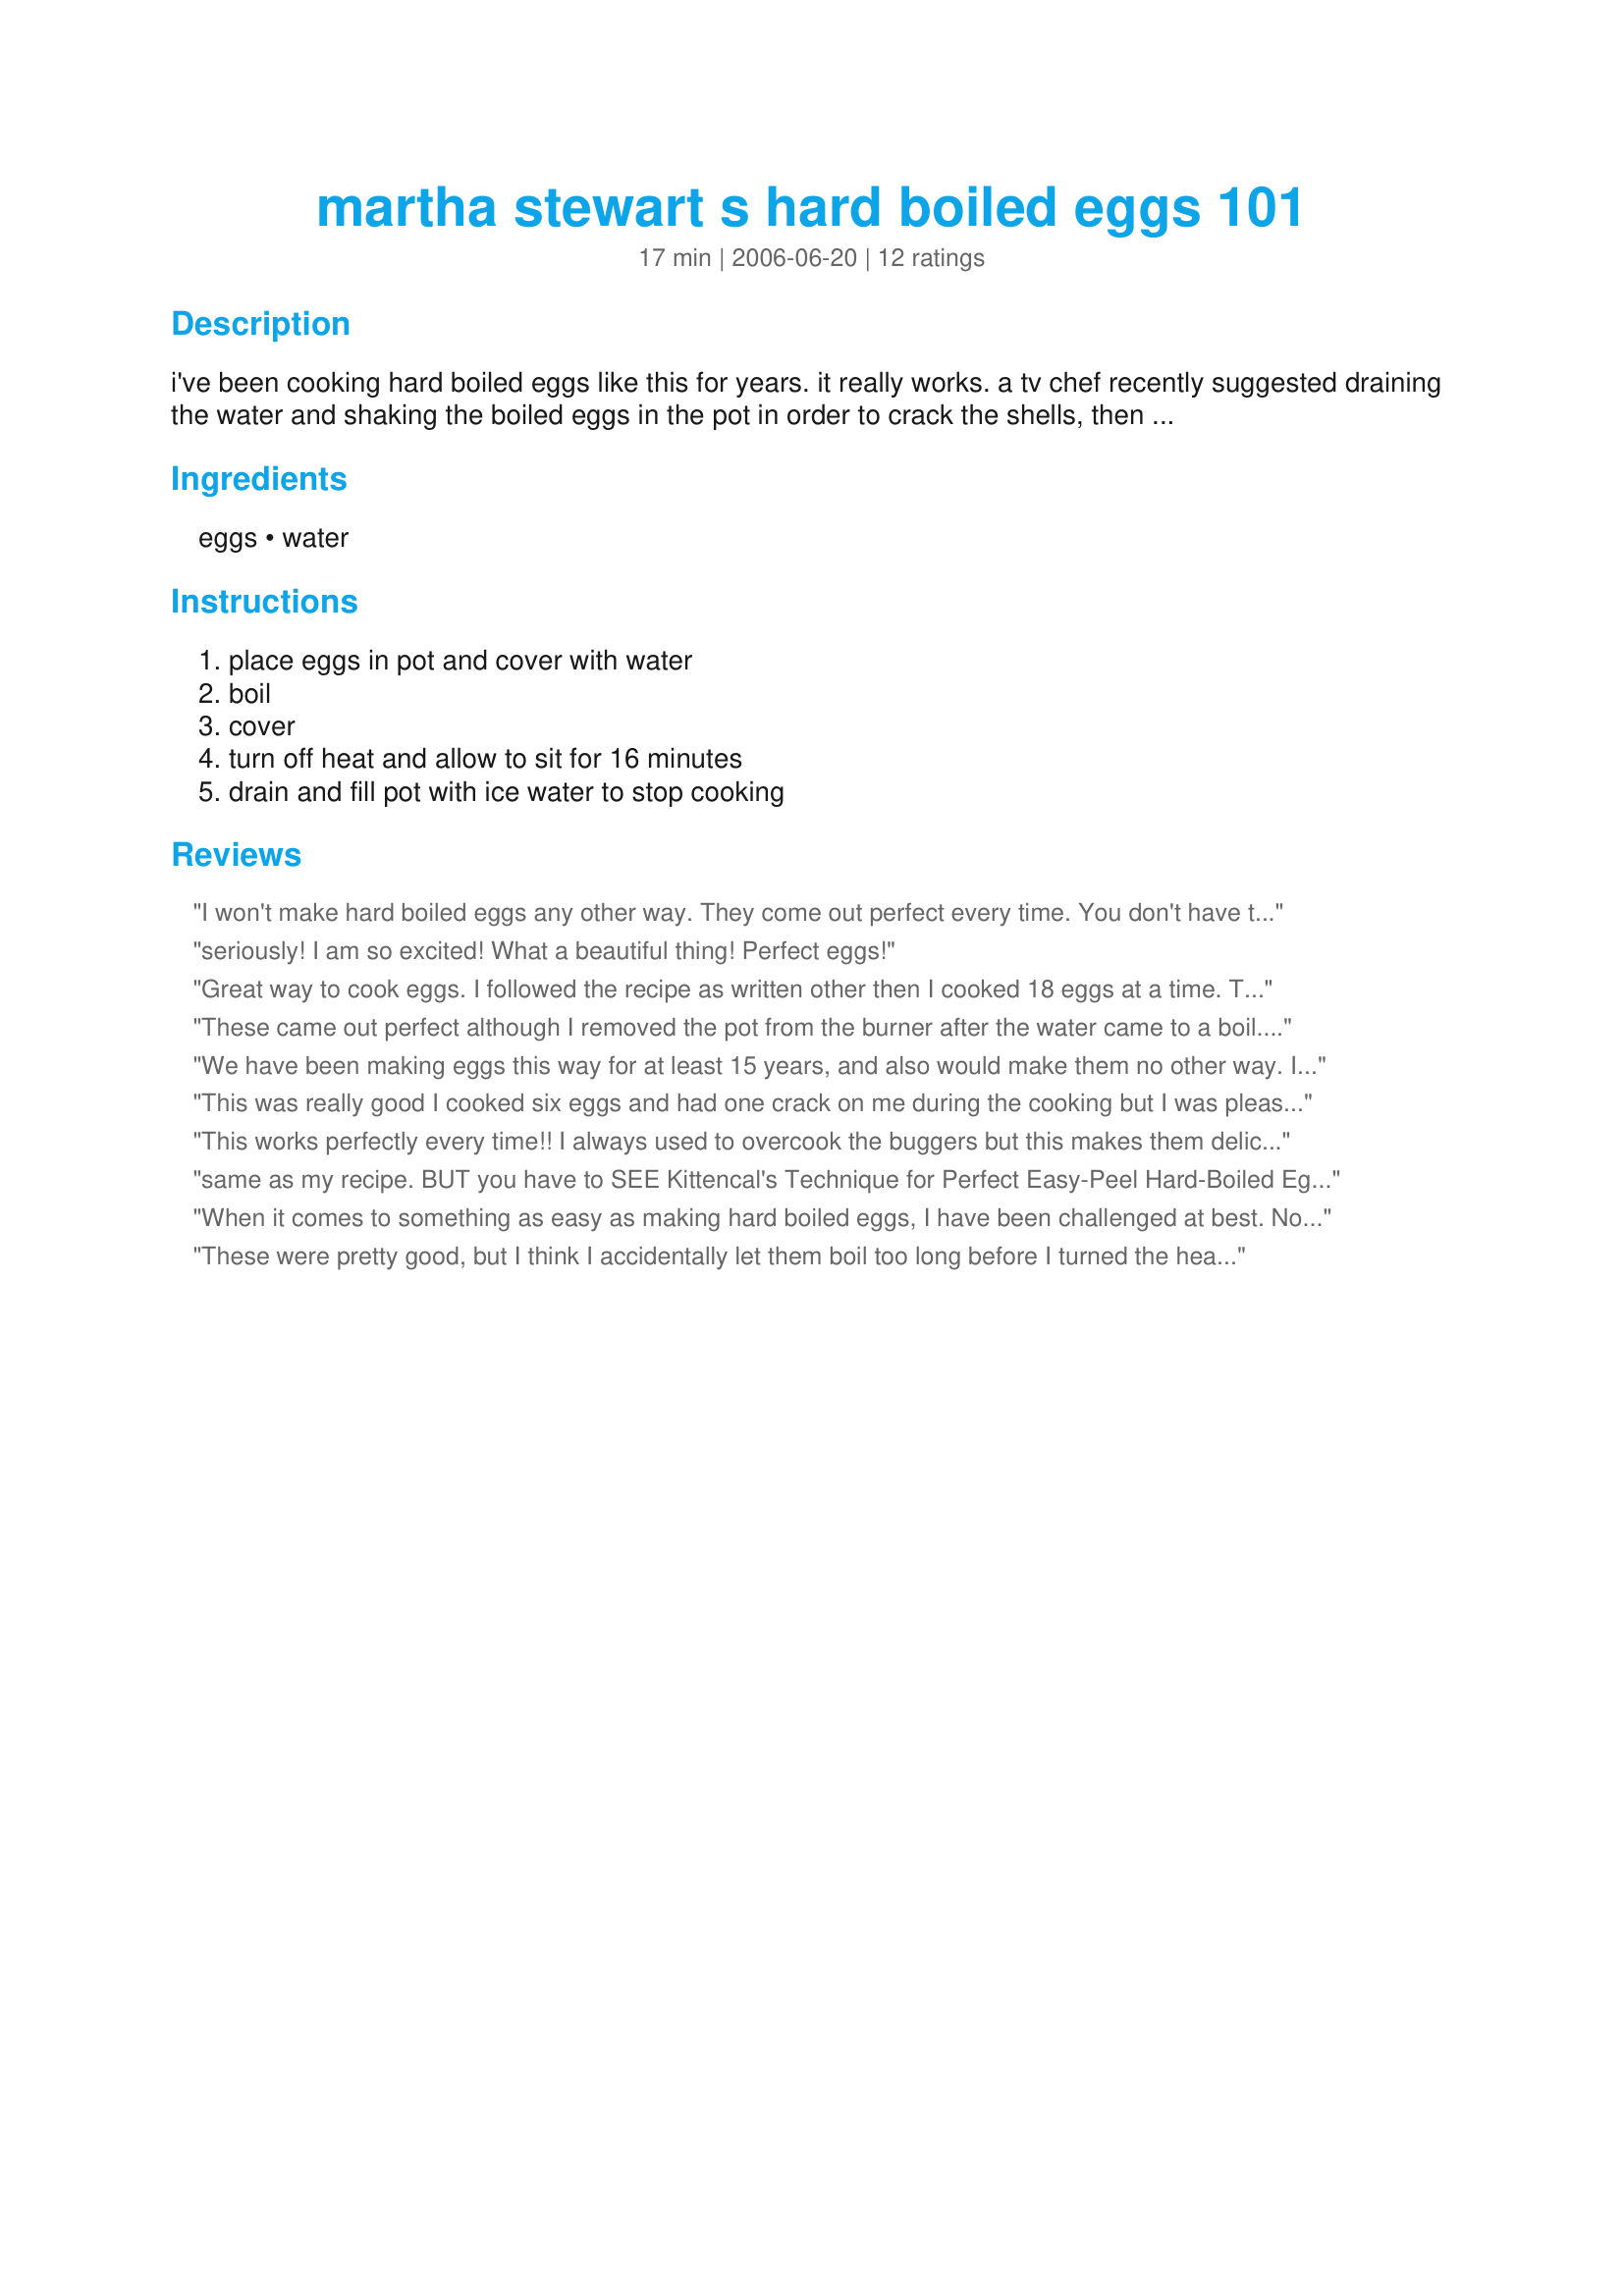
martha stewart s hard boiled eggs 101
Preparation time: 17 minutes

i've been cooking hard boiled eggs like this for years. it really works. a tv chef recently suggested draining the water and shaking the boiled eggs in the pot in order to crack the shells, then submerge them in cold water to cool........makes for easier peeling.

Ingredients:
eggs, water

Steps:
place eggs in pot and cover with water, boil, cover, turn off heat and allow to sit for 16 minutes, drain and fill pot with ice water to stop cooking

Reviews:
I won't make hard boiled eggs any other way. They come out perfect every time. You don't have to stand by the stove an watch so the eggs don;t boil over. Fantastic! I keep mine in the water for only 10 minutes.
seriously! I am so excited! What a beautiful thing! Perfect eggs!
Great way to cook eggs. I followed the recipe as written other then I cooked 18 eggs at a time. They came out perfect. I did add salt to the water as my mommy always told me the eggs peel easier that way.
These came out perfect although I removed the pot from the burner after the water came to a boil. Peeled easy. I would make hard boiled eggs this way again.
We have been making eggs this way for at least 15 years, and also would make them no other way. I got this same recipe from Julia Child's "The Way to Cook" (1989) page 62. Martha must like Julia also!
This was really good I cooked six eggs and had one crack on me during the cooking but I was pleasantly surprised at how well they peeled overall. A winner - turned them into recipe #226303 (Egg Salad). Thank you dojemi, made for I Recommend and recommended by nemokitty.
This works perfectly every time!! I always used to overcook the buggers but this makes them delicious! Like Audrey M, I also only need to do mine for 10 minutes.
same as my recipe. BUT you have to SEE Kittencal's Technique for Perfect Easy-Peel Hard-Boiled Eggs<br/>I LIKE HERS IT IS BETTER THAN MY, There are some great chefs here on Zaar, and she's one of the best!
When it comes to something as easy as making hard boiled eggs, I have been challenged at best. Now I ask myself why?
Your recipe has solved this little mystery for me. 
Now my wife asks me to make the eggs for her ahead of time for her recipes.
These were pretty good, but I think I accidentally let them boil too long before I turned the heat off. So, they turned out a little stiffer and drier than I would have liked. Since it was my mistake, I have chosen not to give a star rating until I do it right. As for the easiness of the recipe, I'd have to give five stars. Cooking was a breeze, and peeling was too. And I must say, I was surprised at just how easy all of it was. I will definitely try this again. Thank you!
The inside is the perfect color all the way thru when cooked this way. Very even, only way to boil eggs and use less electricity than leaving it on boiling w/out a lid.
Since I switched to this method, I have had ZERO problems, all my eggs come out perfect.
